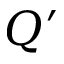
Q ^ { \prime }